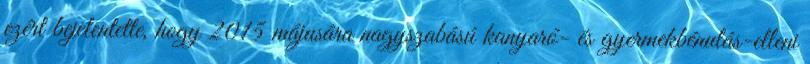
ezért bejelentette, hogy 2015 májusára nagyszabású kanyaró- és gyermekbénulás-elleni